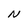
Character: N